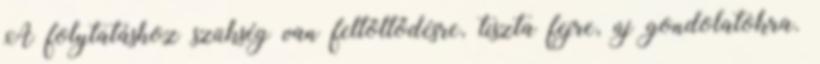
A folytatáshoz szükség van feltöltődésre, tiszta fejre, új gondolatokra.